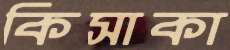
কিসাকা